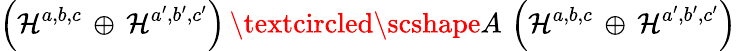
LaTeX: \left({\cal H}^{a,b,c}\, \oplus\, {\cal H}^{a^{\prime},b^{\prime},c^{\prime}}\right)\, \textcircled{\scshape A}\, \left({\cal H}^{a,b,c}\, \oplus\, {\cal H}^{a^{\prime},b^{\prime},c^{\prime}}\right)